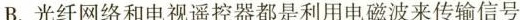
B. 光纤网络和电视遥控器都是利用电磁波来传输信号